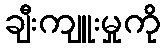
ချီးကျူးမှုကို